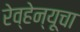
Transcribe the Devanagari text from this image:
रेव्हेन्यूचा